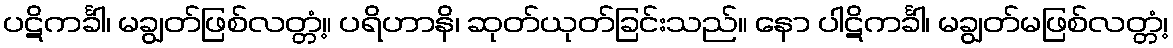
ပဋိကင်္ခါ၊ မချွတ်ဖြစ်လတ္တံ့။ ပရိဟာနိ၊ ဆုတ်ယုတ်ခြင်းသည်။ နော ပါဋိကင်္ခါ၊ မချွတ်မဖြစ်လတ္တံ့၊